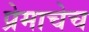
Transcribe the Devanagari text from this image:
प्रेमाचेच